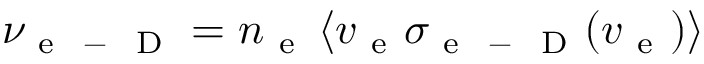
\nu _ { \mathrm { ~ e ~ } \mathrm { ~ - ~ } \mathrm { ~ D ~ } } = n _ { \mathrm { ~ e ~ } } \left\langle v _ { \mathrm { ~ e ~ } } \sigma _ { \mathrm { ~ e ~ } \mathrm { ~ - ~ } \mathrm { ~ D ~ } } ( v _ { \mathrm { ~ e ~ } } ) \right\rangle